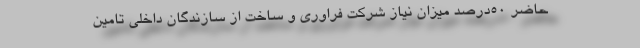
حاضر 50درصد میزان نیاز شرکت فراوری و ساخت از سازندگان داخلی تامین